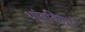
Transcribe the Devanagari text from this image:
थांबविणारे